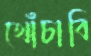
খোঁচাবি